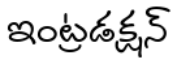
ఇంట్రడక్షన్